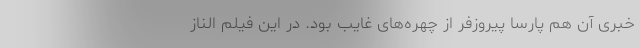
خبری آن هم پارسا پیروزفر از چهره‌های غایب بود. در این فیلم الناز